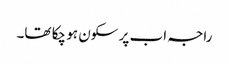
راجہ اب پر سکون ہو چکا تھا۔